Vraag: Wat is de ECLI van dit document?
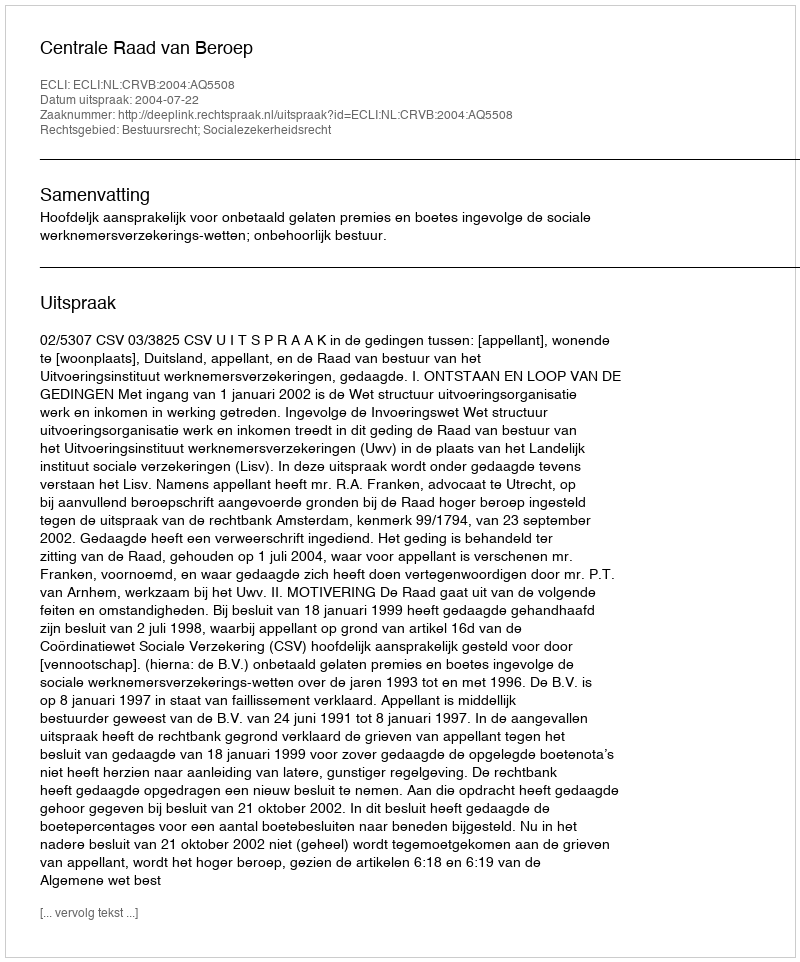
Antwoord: ECLI:NL:CRVB:2004:AQ5508